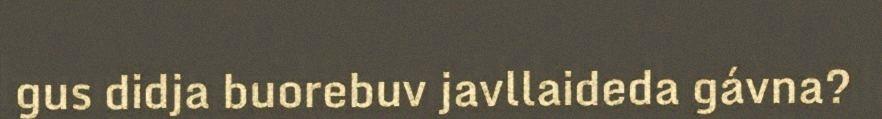
gus didja buorebuv javllaideda gávna?